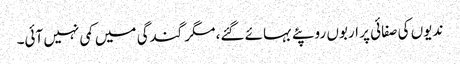
ندیوں کی صفائی پر اربوں روپئے بہائے گئے، مگر گندگی میں کمی نہیں آئی۔